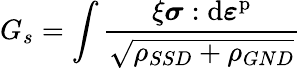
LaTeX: G_{s}=\int\frac{\xi\boldsymbol{\sigma}:\mathrm{d}\boldsymbol{\varepsilon}^{\mathrm{p}}}{\sqrt{\rho_{SSD}+\rho_{GND}}}